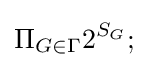
\Pi _{G\in \Gamma }2^{S_{G}};